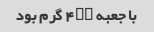
با جعبه ۴۰۰ گرم بود